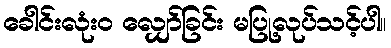
ခေါင်းလုံးဝ လျှော်ခြင်း မပြု့လုပ်သင့်ပါ။